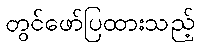
တွင်ဖော်ပြထားသည့်